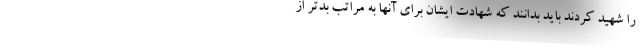
را شهید کردند باید بدانند که شهادت ایشان برای آنها به مراتب بدتر از